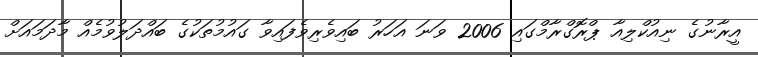
އީރާނުގެ ނިއުކްލިއާ ޕްރޮގްރާމްގައި 2006 ވަނަ އަހަރު ބައިވެރިވެފައިވާ ގައުމުތަކުގެ ބައްދަލުވުމެއް މާދަމައަށް